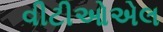
વીટીઓએલ